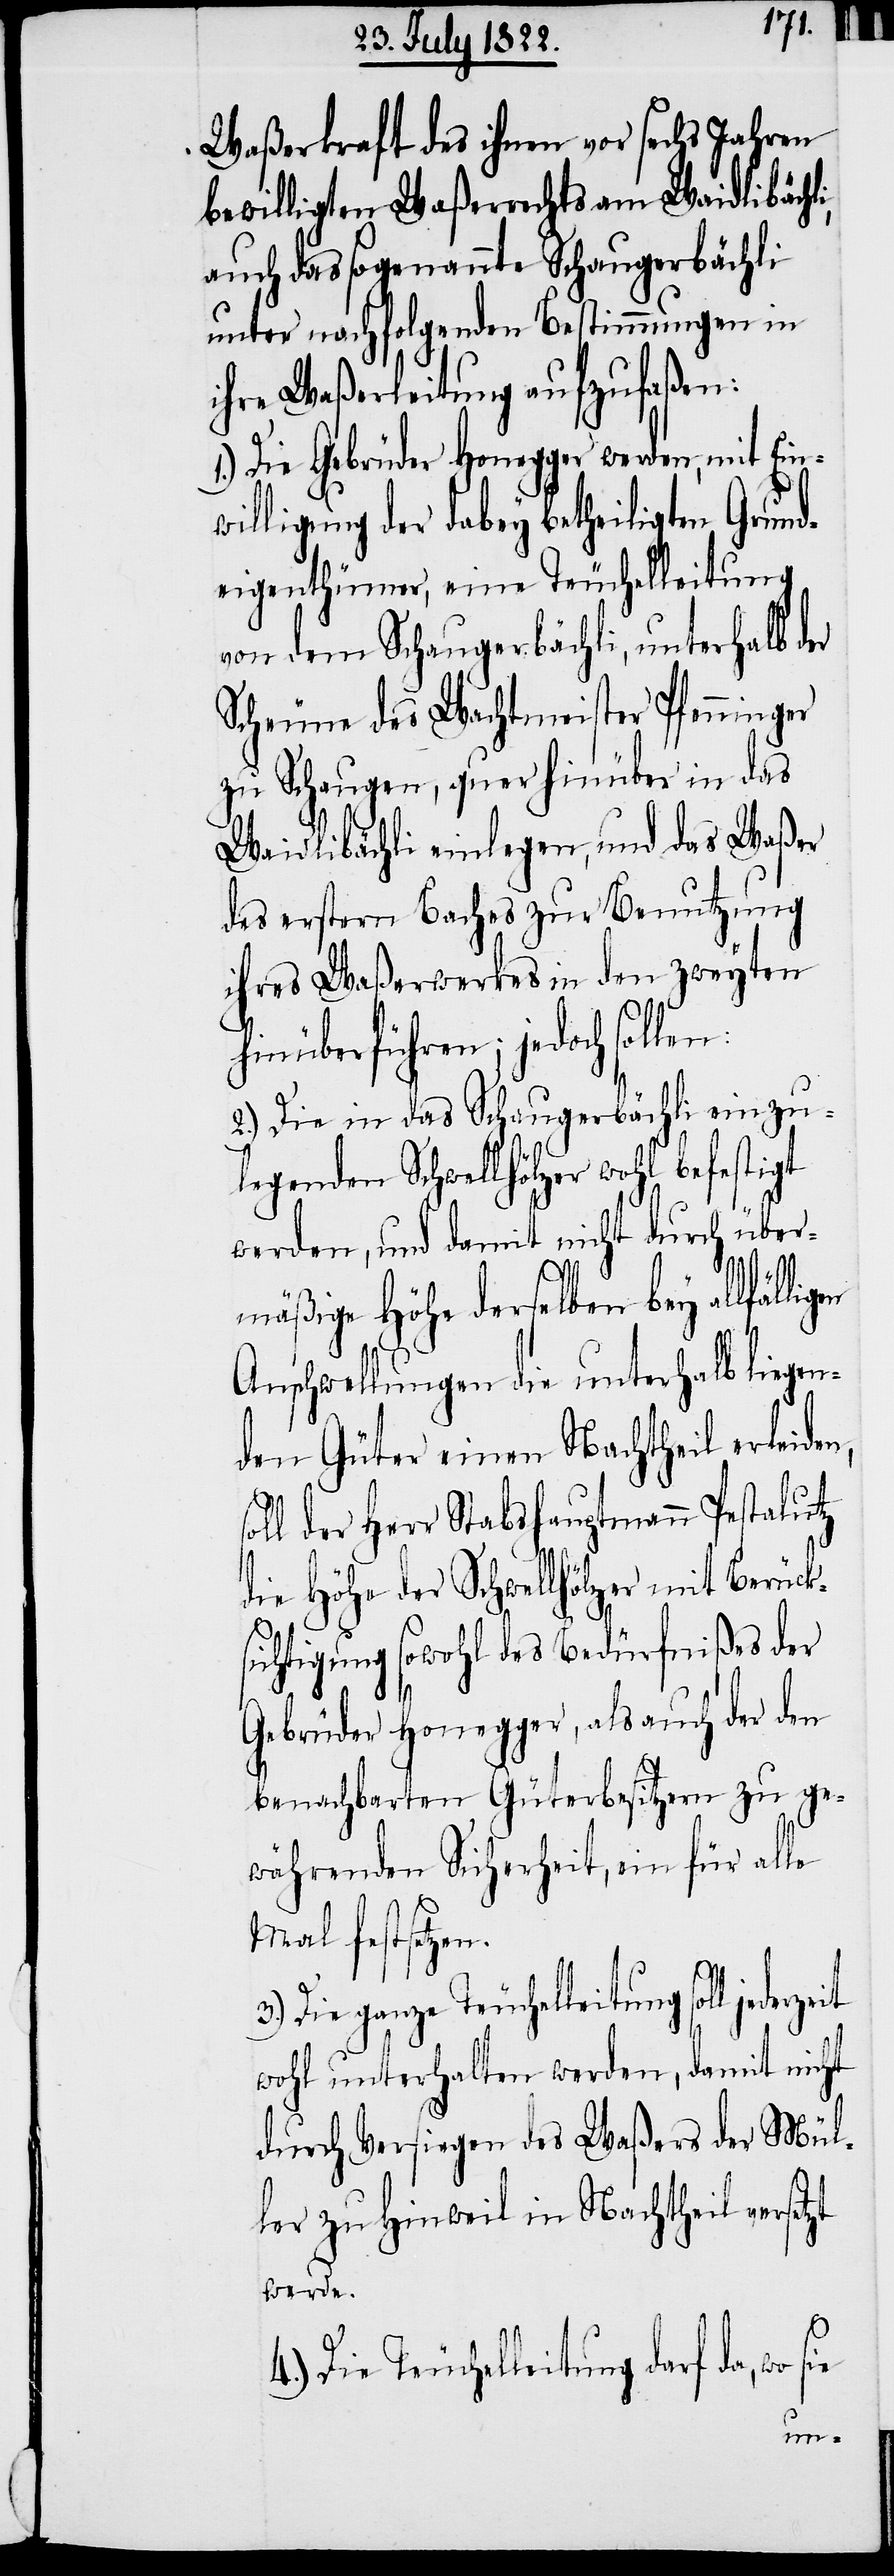
Waßerkraft des ihnen vor sechs Jahren
bewilligten Waßerrechts am Waidlibächli,
auch das sogenannte Schaugerbächli
unter nachfolgenden Bestimmungen in
ihre Waßerleitung aufzulaßen:
1.) Die Gebrüder Honegger werden, mit Ein¬
willigung der dabey betheiligten Grund¬
eigenthümer, eine Teuchelleitung
von dem Schaugerbächli, unterhalb der
Scheune des Wachtmeister Pfenninger
zu Schaugen, quer hinüber in das
Waidbächli einlegen, und das Waßer
des erstern Baches zur Benutzung
ihres Waßerwerkes in den zweyten
hinüberführen; jedoch sollen:
2.) Die in das Schaugerbächli einzu¬
legenden Schwellhölzer wohl befestigt
werden, und damit nicht durch über¬
mäßige Höhe derselben bey allfäll¬
Anschwellungen die unterhalb liegen¬
den Güter einen Nachtheil erleide¬
l der Herr Stabshauptmann Pestalutz
die Höhe der Schwellhölzer mit Berück¬
sichtigung sowohl des Bedürfnißes der
Gebrüder Honegger, als auch der den
benachbarten Güterbesitzern zu ge¬
währenden Sicherheit, ein für alle
Mal festsetzen.
4.) Die Teuchelleitung darf da, wo
wohl unterhalten werden, damit nicht
durch Versiegen des Waßers der Mül¬
ler zu Hinweil in Nachtheil verset¬
werde.
zt